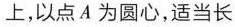
上，以点A为圆心，适当长